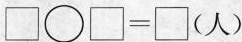
$$\Box \circ \Box = \Box$$（人）